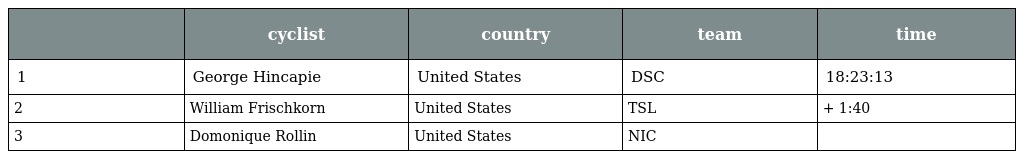
|  | cyclist | country | team | time |
 | --- | --- | --- | --- | --- |
 | 1 | George Hincapie | United States | DSC | 18:23:13 |
 | 2 | William Frischkorn | United States | TSL | + 1:40 |
 | 3 | Domonique Rollin | United States | NIC |  |